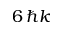
6 \, \hbar k